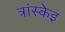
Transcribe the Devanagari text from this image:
त्रांस्केइ